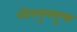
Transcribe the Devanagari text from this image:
शोरगुलयुक्त